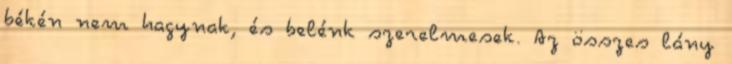
békén nem hagynak, és belénk szerelmesek. Az összes lány